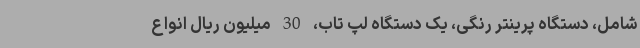
شامل، دستگاه پرینتر رنگی، یک دستگاه لپ تاب، 30 میلیون ریال انواع